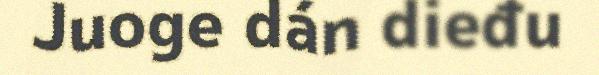
Juoge dán dieđu